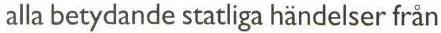
alla betydande statliga händelser från